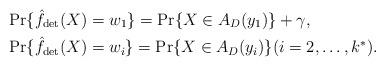
LaTeX: \begin{align*}& \Pr \{ \hat{f}_{\rm det}(X) = w_1 \} = \Pr \{X \in A_{D} (y_1) \} + \gamma,\\& \Pr \{ \hat{f}_{\rm det}(X) = w_i \} = \Pr \{X \in A_{D} (y_i) \} (i=2, \ldots, k^*).\end{align*}